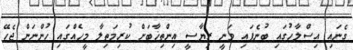
ގެނައި އިސްލާހުގައި ބުނެފައި ވަނީ ރިޔާސީ އިންތިޚާބަށް ކުރިމަތިލާ މީހެއްގައި ހުންނަން ޖެހޭ